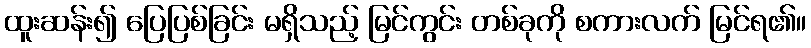
ထူးဆန်း၍ ပြေပြစ်ခြင်း မရှိသည့် မြင်ကွင်း တစ်ခုကို စကားလက် မြင်ရ၏။